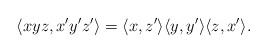
LaTeX: \begin{align*} \langle xyz,x'y'z'\rangle =\langle x,z'\rangle \langle y,y'\rangle \langle z,x'\rangle .\end{align*}